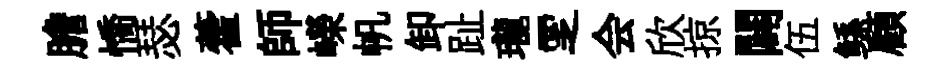
膽憍瑟藿師嶸帆卸趾瓏覂会欣掠闢伍鲧顧